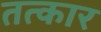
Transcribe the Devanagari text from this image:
तत्कार